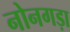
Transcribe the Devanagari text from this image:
नोनगड़ा